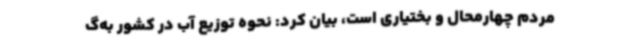
مردم چهارمحال و بختیاری است، بیان کرد: نحوه توزیع آب در کشور به‌گ